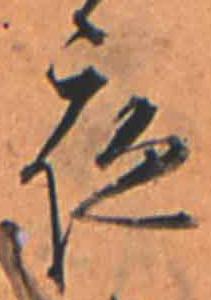
夜